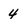
Character: 4